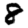
Digit: 8